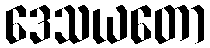
ဒေသယတော